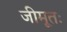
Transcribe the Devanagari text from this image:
जीमूतः